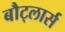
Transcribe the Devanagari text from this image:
बौट्लार्स